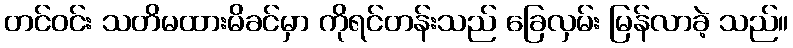
တင်ဝင်း သတိမထားမိခင်မှာ ကိုရင်တန်းသည် ခြေလှမ်း မြန်လာခဲ့ သည်။